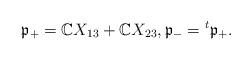
LaTeX: \begin{align*}\frak{p}_+=\mathbb{C}X_{13}+\mathbb{C}X_{23},\frak{p}_-={}^t\frak{p}_+.\end{align*}